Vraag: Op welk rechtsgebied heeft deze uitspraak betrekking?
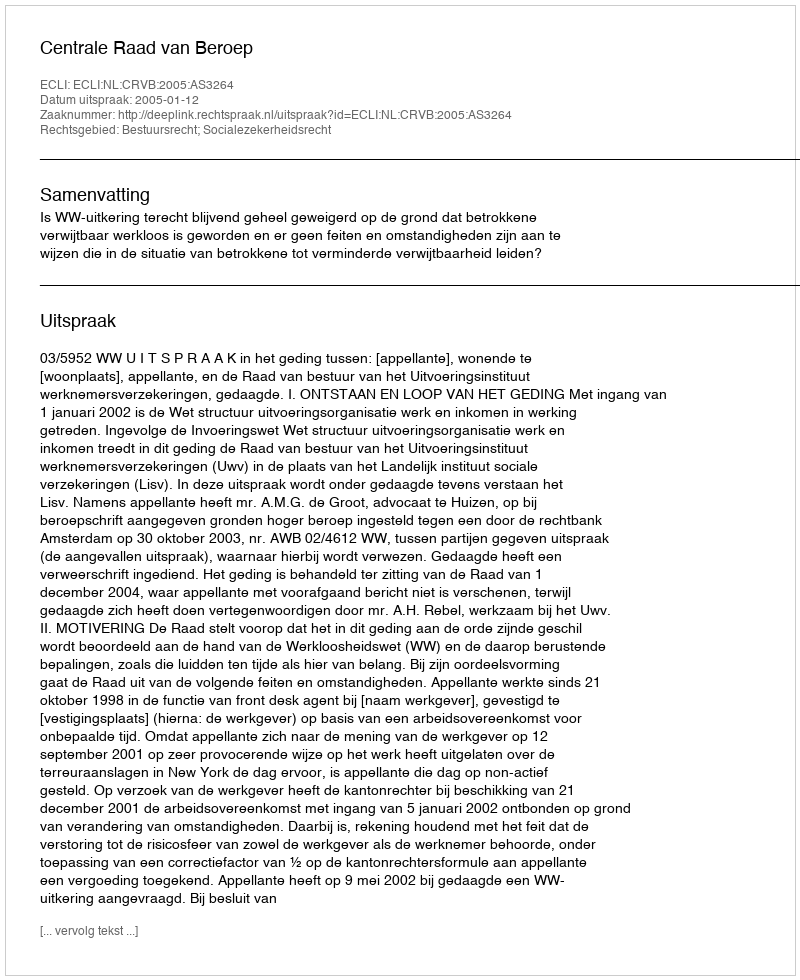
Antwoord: Bestuursrecht; Socialezekerheidsrecht